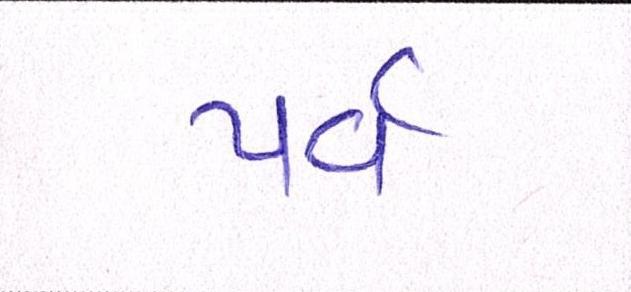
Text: પર્વ